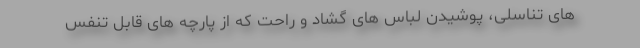
های تناسلی، پوشیدن لباس های گشاد و راحت که از پارچه های قابل تنفس